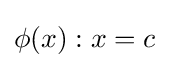
\phi (x):x=c